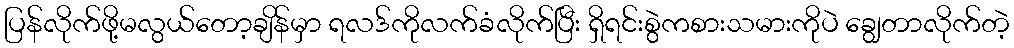
ပြန်လိုက်ဖို့မလွယ်တော့ချိန်မှာ ရလဒ်ကိုလက်ခံလိုက်ပြီး ရှိရင်းစွဲကစားသမားကိုပဲ ချွေတာလိုက်တဲ့